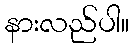
နားလည်ပါ။